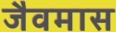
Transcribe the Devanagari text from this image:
जैवमास